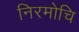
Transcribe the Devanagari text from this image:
निरमोचि